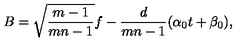
B = \sqrt { \frac { m - 1 } { m n - 1 } } f - \frac { d } { m n - 1 } ( \alpha _ { 0 } t + \beta _ { 0 } ) ,